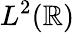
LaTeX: L^{2}(\mathbb{R})